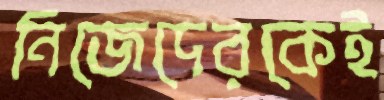
নিজেদেরকেই